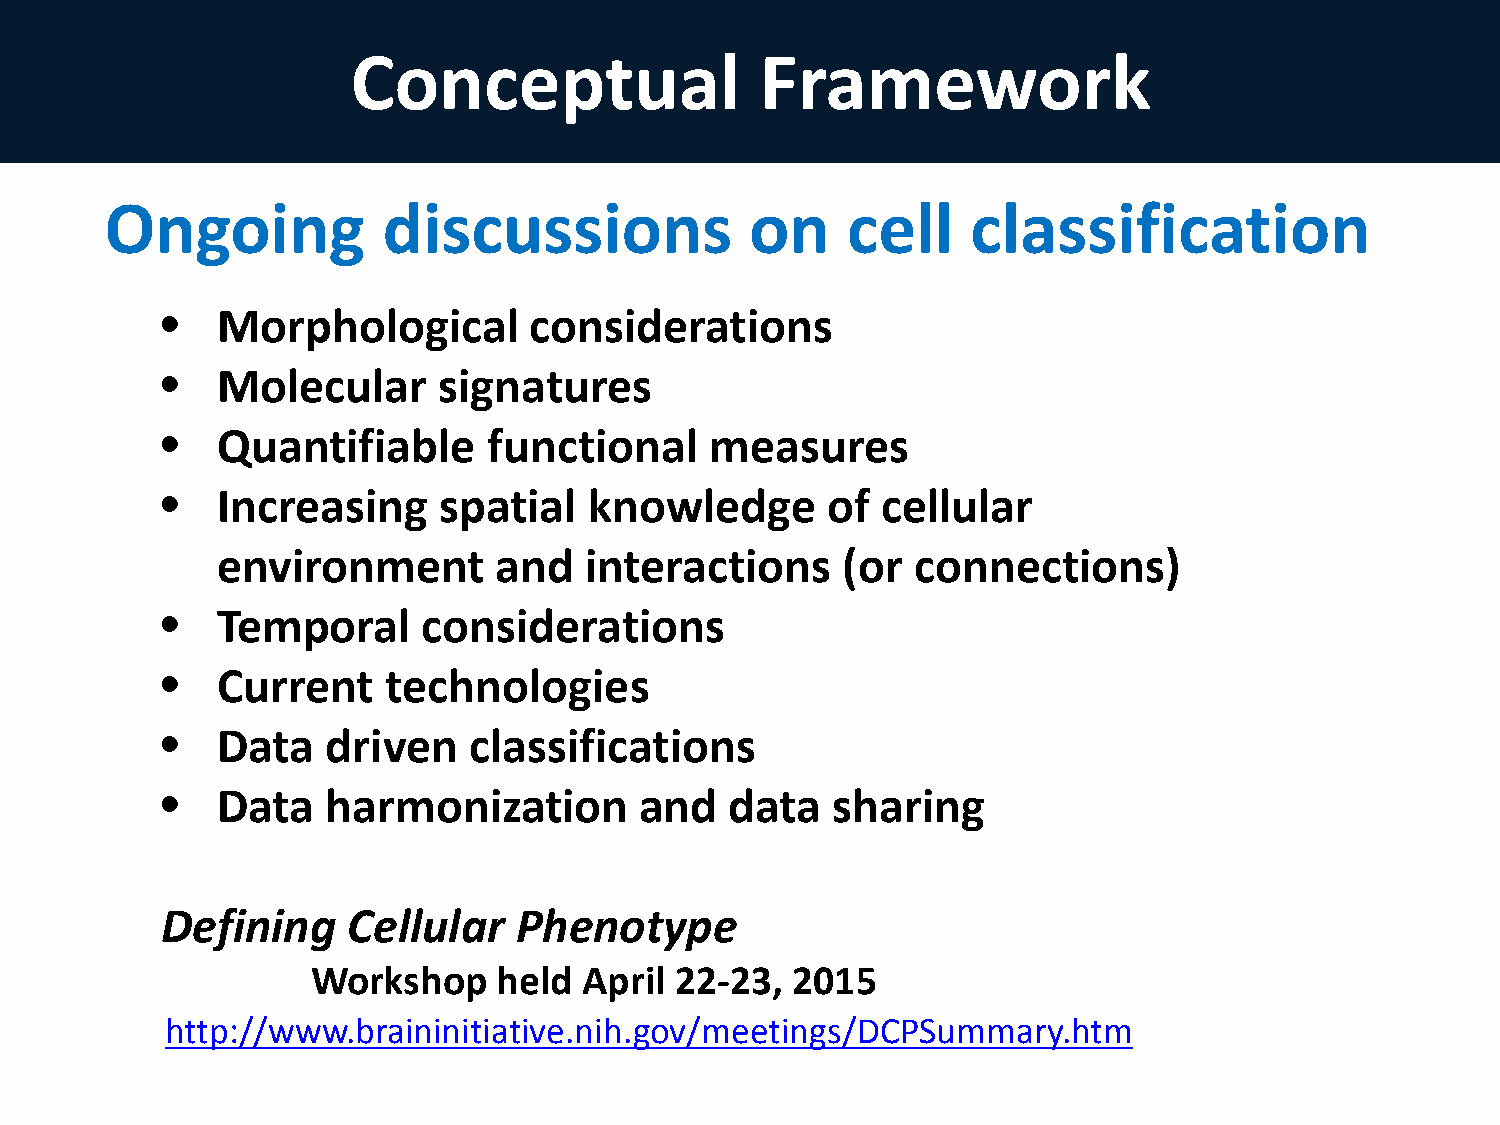
Conceptual                 Framework
 Ongoing           discussions              on    cell    classification
 •  Morphological        considerations
 •  Molecular      signatures
 •  Quantifiable      functional     measures
 •  Increasing     spatial   knowledge       of cellular
 environment        and   interactions     (or  connections)
 •  Temporal      considerations
 •  Current     technologies
 •  Data    driven   classifications
 •  Data    harmonization       and   data   sharing
 Defining    Cellular   Phenotype
 Workshop    held  April 22-23, 2015
 http://www.braininitiative.nih.gov/meetings/DCPSummary.htm